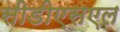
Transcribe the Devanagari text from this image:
सीडीएसएल